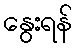
နွေးရန်